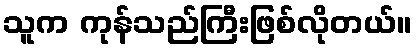
သူက ကုန်သည်ကြီးဖြစ်လိုတယ်။